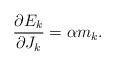
LaTeX: \begin{align*}\frac{\partial E_k}{\partial J_k}=\alpha m_k.\end{align*}